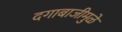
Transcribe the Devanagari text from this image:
दगाबाजीमुळे